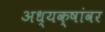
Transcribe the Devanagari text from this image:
अध्यक्षांवर